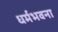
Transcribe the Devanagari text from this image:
धर्मभवना